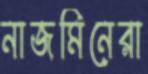
নাজমিনেরা